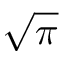
\sqrt { \pi }